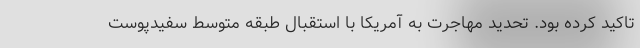
تاکید کرده بود. تحدید مهاجرت به آمریکا با استقبال طبقه متوسط سفیدپوست